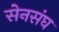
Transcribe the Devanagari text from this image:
सेनसंघ